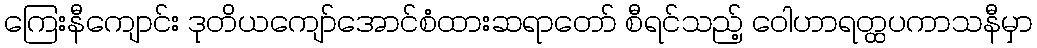
ကြေးနီကျောင်း ဒုတိယကျော်အောင်စံထားဆရာတော် စီရင်သည့် ဝေါဟာရတ္ထပကာသနီမှာ